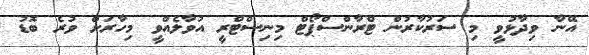
އޭނާ ވިދާޅުވީ މި ސަރުކާރުން ޓްރާންސްޕޯޓް މިނިސްޓްރީ އުވާލެއްވީ މިހާރަށް ވުރެ ބޮޑު